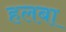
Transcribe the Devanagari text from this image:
हलबा